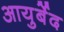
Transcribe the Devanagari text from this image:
आयुर्बेद